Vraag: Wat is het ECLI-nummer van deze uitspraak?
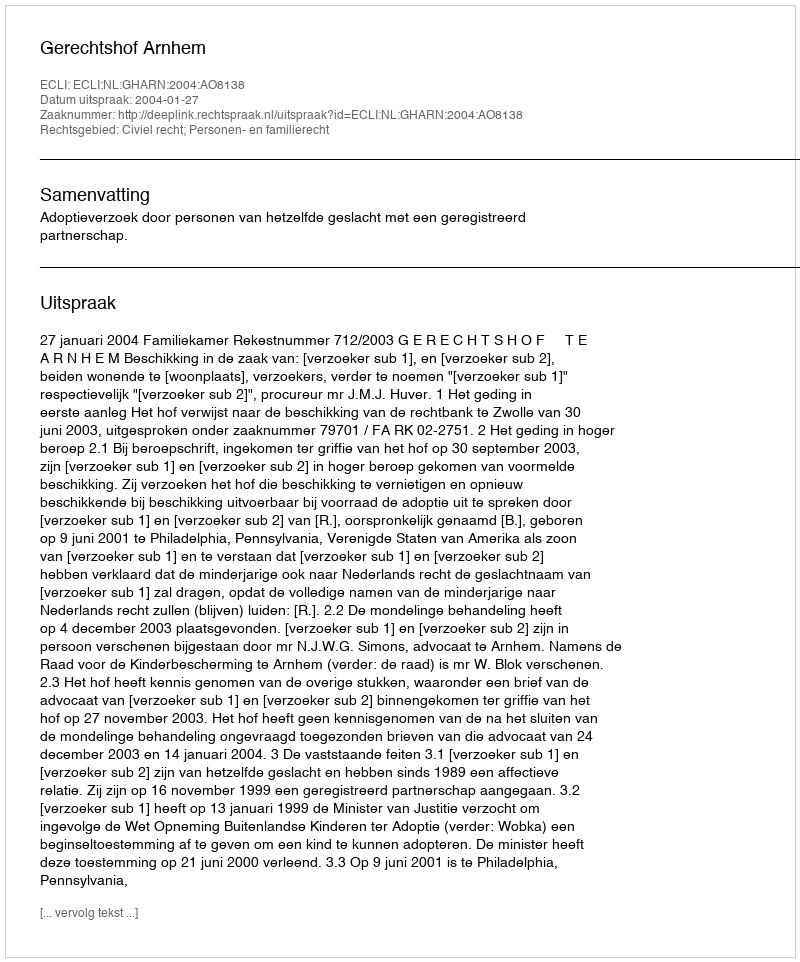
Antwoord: ECLI:NL:GHARN:2004:AO8138